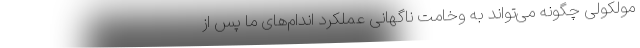
مولکولی چگونه می‌تواند به وخامت ناگهانی عملکرد اندام‌های ما پس از